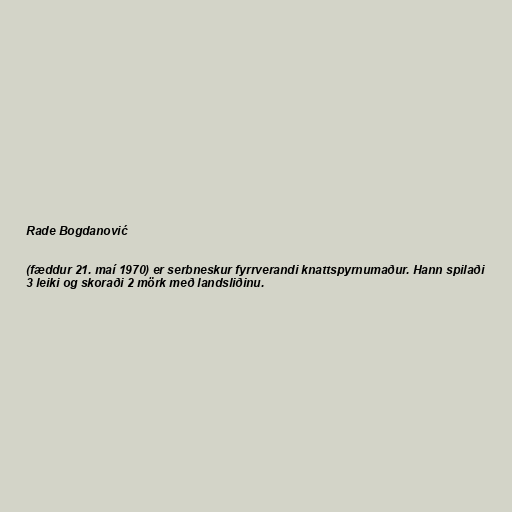
Rade Bogdanović

(fæddur 21. maí 1970) er serbneskur fyrrverandi knattspyrnumaður. Hann spilaði
3 leiki og skoraði 2 mörk með landsliðinu.